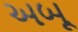
અબૂ